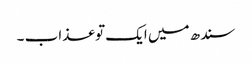
سندھ میں ایک تو عذاب ۔